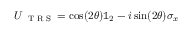
U _ { \mathrm { ~ \tiny ~ T ~ R ~ S ~ } } = \cos ( 2 \theta ) \mathbb { 1 } _ { 2 } - i \sin ( 2 \theta ) \sigma _ { x }